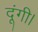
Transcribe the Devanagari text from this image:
दूंगी।